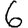
Digit: 6